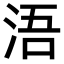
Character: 浯